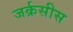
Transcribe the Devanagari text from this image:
जर्क्रसीस